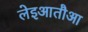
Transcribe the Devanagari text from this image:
लेइआतौआ